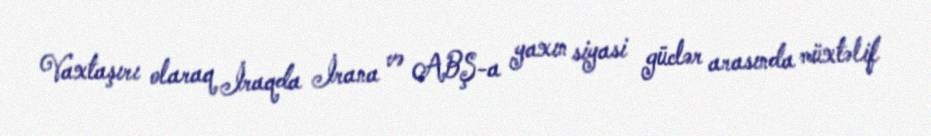
Vaxtaşırı olaraq İraqda İrana və ABŞ-a yaxın siyasi güclər arasında müxtəlif